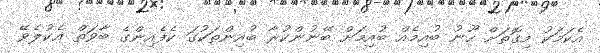
އެކަމަކު މިގޮތަށް ހޫނު ބުއިމެއް ބުއިމަށް ބޭނުންކުރާ ބުއިންތަކުގަ ކެފެއިންގެ ބާވަތް އެކުލެވޭ